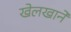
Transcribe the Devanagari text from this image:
खेलखाने